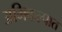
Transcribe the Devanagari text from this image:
अभिकल्पात